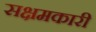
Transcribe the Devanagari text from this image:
सक्षमकारी